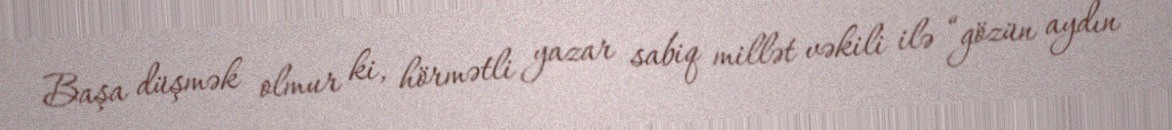
Başa düşmək olmur ki, hörmətli yazar sabiq millət vəkili ilə “gözün aydın